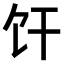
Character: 𫗞